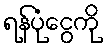
ရန်ပုံငွေကို